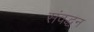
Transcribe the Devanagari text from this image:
संवद्धन